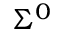
\Sigma ^ { 0 }